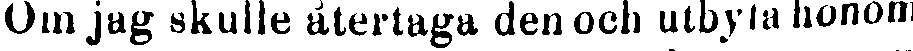
Om jag skulle återtaga den och utbyta honom